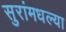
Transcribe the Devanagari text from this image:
सुरांमधल्या